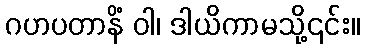
ဂဟပတာနိံ ဝါ၊ ဒါယိကာမသို့၎င်း။